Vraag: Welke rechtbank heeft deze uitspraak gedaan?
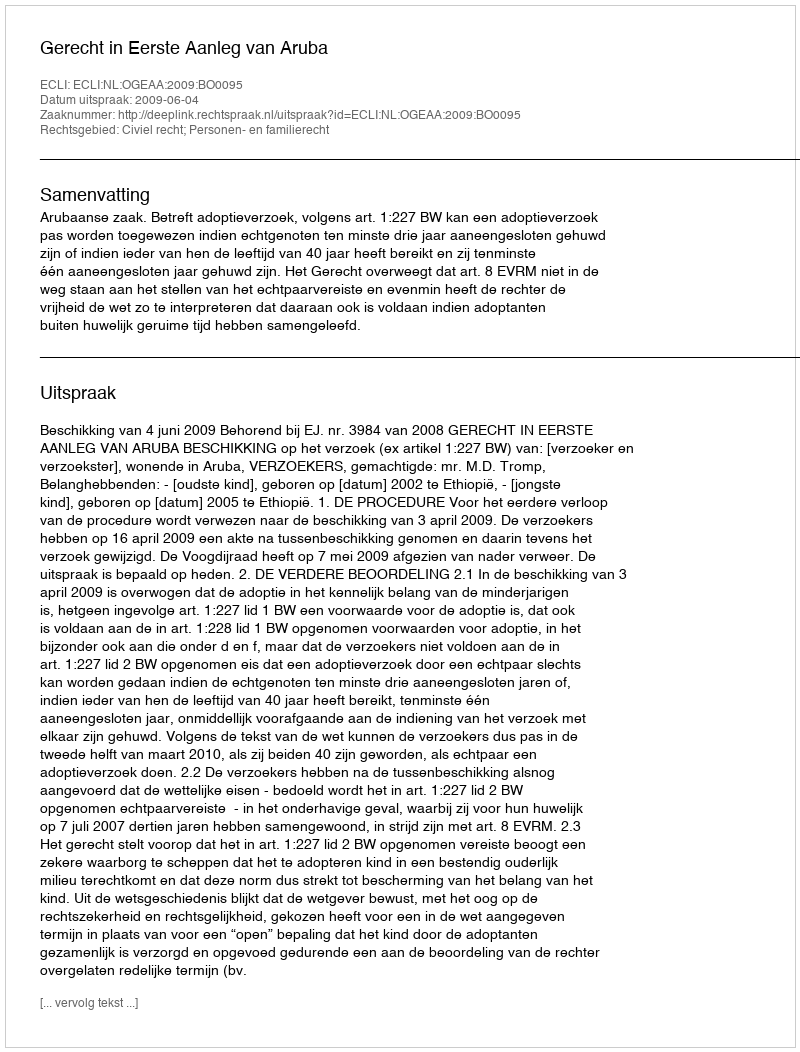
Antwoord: Gerecht in Eerste Aanleg van Aruba